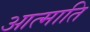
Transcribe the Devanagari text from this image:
आत्माति